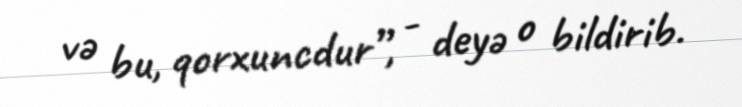
və bu, qorxuncdur”, - deyə o bildirib.